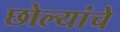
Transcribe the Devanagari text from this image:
छोल्यांचे